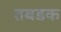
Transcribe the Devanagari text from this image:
तबडक